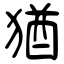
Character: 猶